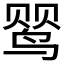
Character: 𬸕